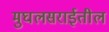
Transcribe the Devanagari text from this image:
मुघलसराईतील